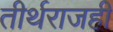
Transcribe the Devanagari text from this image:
तीर्थराजही